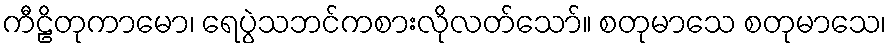
ကီဠိတုကာမော၊ ရေပွဲသဘင်ကစားလိုလတ်သော်။ စတုမာသေ စတုမာသေ၊